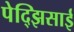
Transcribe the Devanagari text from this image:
पेद्झिसाई